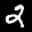
Label: 2